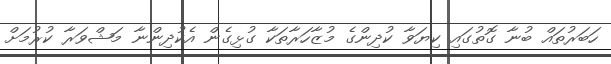
ހަބަރުތައް ބުނާ ގޮތުގައި ކިޔަވާ ކުދިންގެ މުޒާހަރާތަކާ ގުޅިގެން އެކުދިންނާ މަޝްވަރާ ކުރުމަށް